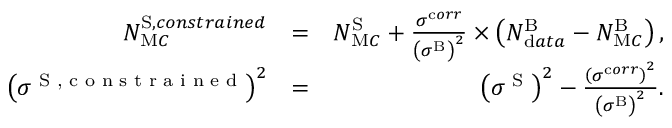
\begin{array} { r l r } { N _ { \textrm M C } ^ { \textrm S , c o n s t r a i n e d } } & { = } & { N _ { \textrm M C } ^ { \textrm S } + \frac { { \sigma } ^ { \textrm c o r r } } { \left( { \sigma } ^ { \textrm B } \right) ^ { 2 } } \times \left( N _ { \textrm d a t a } ^ { \textrm B } - N _ { \textrm M C } ^ { \textrm B } \right) , } \\ { \left( { \sigma } ^ { \textrm { S , c o n s t r a i n e d } } \right) ^ { 2 } } & { = } & { \left( { \sigma } ^ { \textrm { S } } \right) ^ { 2 } - \frac { \left( { \sigma } ^ { \textrm c o r r } \right) ^ { 2 } } { \left( { \sigma } ^ { \textrm B } \right) ^ { 2 } } . } \end{array}